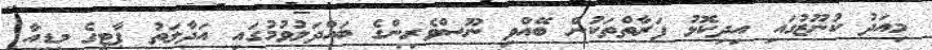
މިއަދު ކުނޫޒުގައި އިދިކޮޅު ފަރާތްތަކުން ބޭއްވި ނޫސްވެރިންގެ ބައްދަލުވުމުގައި އަދާލަތު ޕާޓީގެ މީޑިއާ